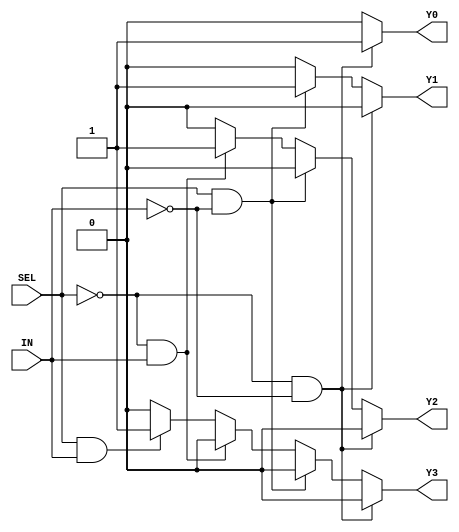
module demux_1to4 (
    input wire SEL,
    input wire IN,
    output reg Y0,
    output reg Y1,
    output reg Y2,
    output reg Y3
);

always @ (SEL, IN)
begin
    Y0 = 0;
    Y1 = 0;
    Y2 = 0;
    Y3 = 0;

    if (SEL == 1'b0 && !IN)
        Y0 = 1;
    else if (SEL == 1'b1 && !IN)
        Y1 = 1;
    else if (SEL == 1'b0 && IN)
        Y2 = 1;
    else if (SEL == 1'b1 && IN)
        Y3 = 1;
end

endmodule